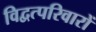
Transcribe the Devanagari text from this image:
विद्वत्परिवारों